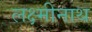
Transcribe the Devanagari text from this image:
लक्ष्मीनाथ